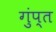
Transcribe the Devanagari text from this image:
गुंप्त